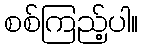
စစ်ကြည့်ပါ။